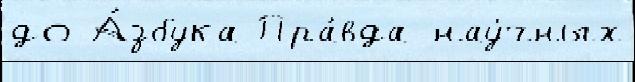
до А́збука Пра́вда нау́чных